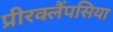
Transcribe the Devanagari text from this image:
प्रीरक्लैंपसिया